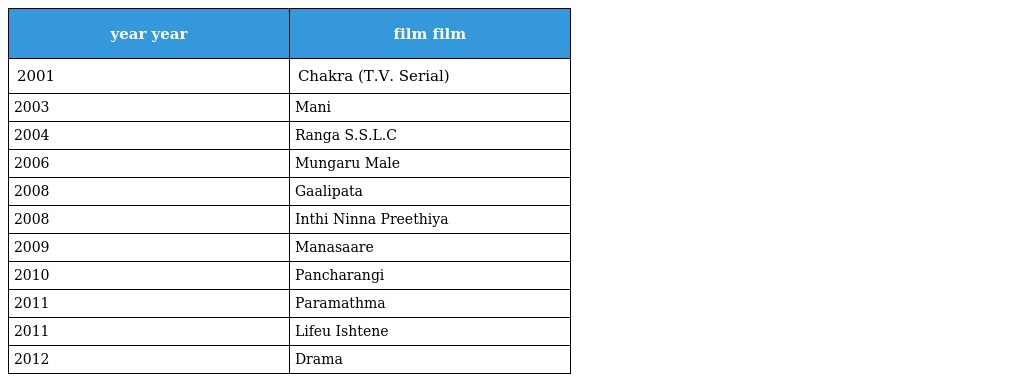
| year year | film film |
 | --- | --- |
 | 2001 | Chakra (T.V. Serial) |
 | 2003 | Mani |
 | 2004 | Ranga S.S.L.C |
 | 2006 | Mungaru Male |
 | 2008 | Gaalipata |
 | 2008 | Inthi Ninna Preethiya |
 | 2009 | Manasaare |
 | 2010 | Pancharangi |
 | 2011 | Paramathma |
 | 2011 | Lifeu Ishtene |
 | 2012 | Drama |